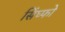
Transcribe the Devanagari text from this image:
सिंघ्फो